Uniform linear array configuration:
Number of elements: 24
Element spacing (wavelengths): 0.5
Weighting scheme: cosine
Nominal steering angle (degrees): -30
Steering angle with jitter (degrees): -29.367
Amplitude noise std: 0.05
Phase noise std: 0.05

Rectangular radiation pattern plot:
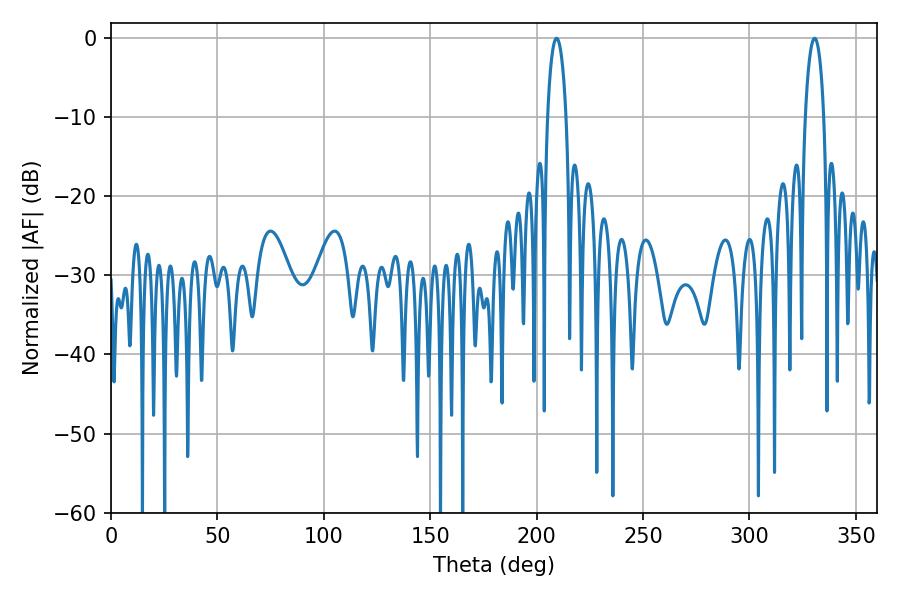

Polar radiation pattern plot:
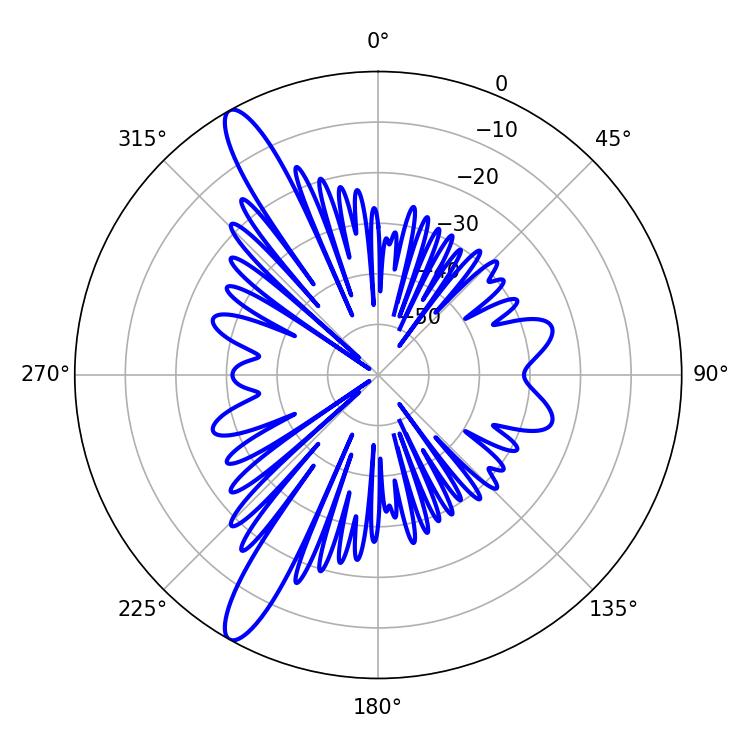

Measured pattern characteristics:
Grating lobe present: FALSE
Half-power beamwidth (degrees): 4.86
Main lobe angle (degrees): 209.34